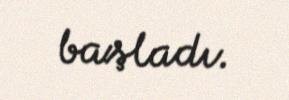
başladı.